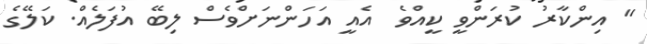
" އިންކާރު ކުރަންވީ ކީއްވެ  އެއީ އަހަންނަށްވެސް ލިބޭ އުފަލެއް. ކަލޭގެ